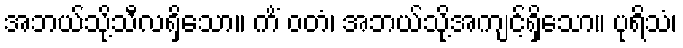
အဘယ်သို့သီလရှိသော။ ကိံ ဝတံ၊ အဘယ်သို့အကျင့်ရှိသော။ ပုရိသံ၊